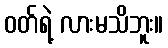
ဝတ်ရဲ့ လားမသိဘူး။